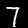
Digit: 7